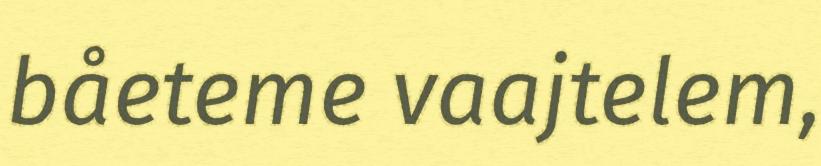
båeteme vaajtelem,